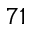
7 1